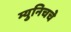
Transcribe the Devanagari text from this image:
म्युनिचचे